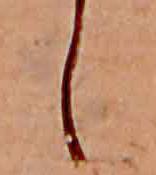
し